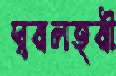
স্বরলহরী